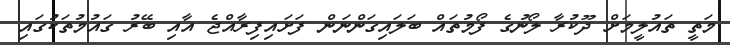
މަތީ ތައުލީމަށް ދޫކުރާ ލޯނުގެ ފޯމުތައް ބަލައިގަންނަން ފަށައިފިރާއްޖެ އާއި ބޭރު ގައުމުތަކުގައި